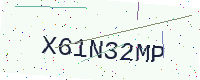
Text: X61N32MP